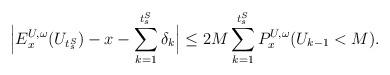
LaTeX: \begin{align*}\Big| E_x^{U, \omega}(U_{t_s^S}) - x - \sum_{k = 1}^{t_s^S} \delta_k \Big|\leq 2M \sum_{k=1}^{t_s^S} P_x^{U, \omega}(U_{k-1} < M).\end{align*}